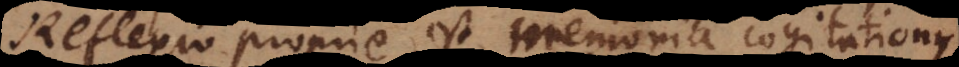
Reflexio proprie est memoria cogitationis